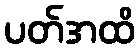
ပတ်အထိ